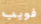
فويب